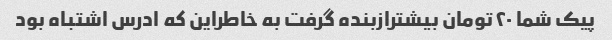
پیک شما ٢٠تومان بیشترازبنده گرفت به خاطراین که ادرس اشتباه بود